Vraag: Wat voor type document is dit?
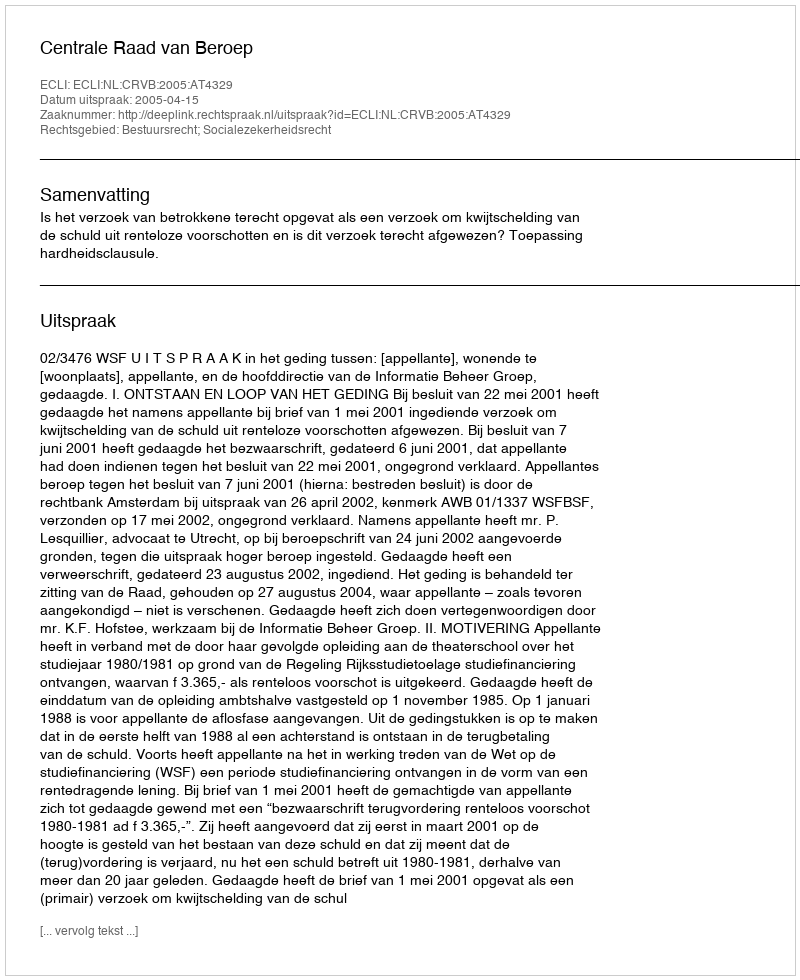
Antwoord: Uitspraak